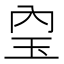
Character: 𤣼